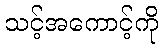
သင့်အကောင့်ကို